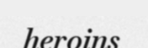
heroins